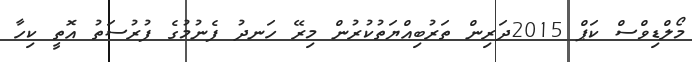
މޯލްޑިވްސް ކަޕް 2015ދަރިން ތަރުބިއްޔަތުކުރުން މިރޭ ހަނދު ފެނުމުގެ ފުރުސަތު އޮތީ ކިހާ